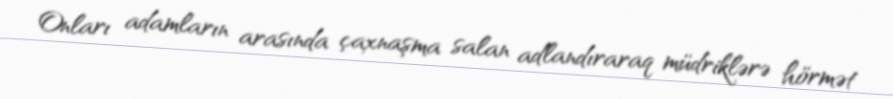
Onları adamların arasında çaxnaşma salan adlandıraraq müdriklərə hörmət